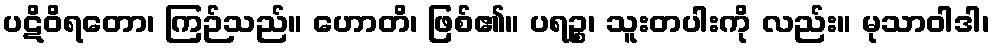
ပဋိဝိရတော၊ ကြဉ်သည်။ ဟောတိ၊ ဖြစ်၏။ ပရဉ္စ၊ သူးတပါးကို လည်း။ မုသာဝါဒါ၊